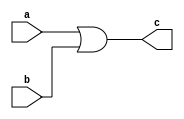
module or2_1bit(a,b,c);
input a;
input b;
output c;

assign c = a|b;
endmodule

module or2_32bit(a,b,c);
input [31:0] a;
input [31:0] b;
output [31:0] c;

assign c = a|b;
endmodule